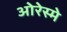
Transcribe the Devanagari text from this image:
ओरेस्मे